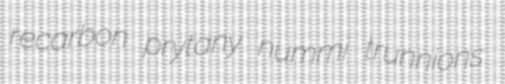
recarbon prytany nummi trunnions